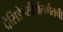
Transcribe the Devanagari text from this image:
प्रेसिडेन्सींअंतर्गतची